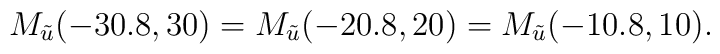
M_{\tilde{u}}(-30.8,30)=M_{\tilde{u}}(-20.8,20)=M_{\tilde{u}}(-10.8,10).